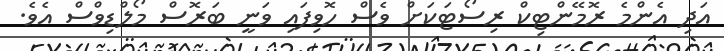
އަދި އެންމެ ރޮމޭންޓިކް ރިސޯޓަކަށް ވެސް ހޮވިފައި ވަނީ ބަރޮސް މޯލްޑިވްސް އެވެ.